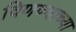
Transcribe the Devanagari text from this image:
विणण्याच्या